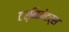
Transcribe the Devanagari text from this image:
टर्मिनेटर्स